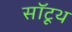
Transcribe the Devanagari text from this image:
सॉटूथ